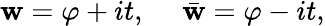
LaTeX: \mathbf{w}=\varphi+it,\ \ \ \ \ \bar{{\mathbf{w}}}=\varphi-it,